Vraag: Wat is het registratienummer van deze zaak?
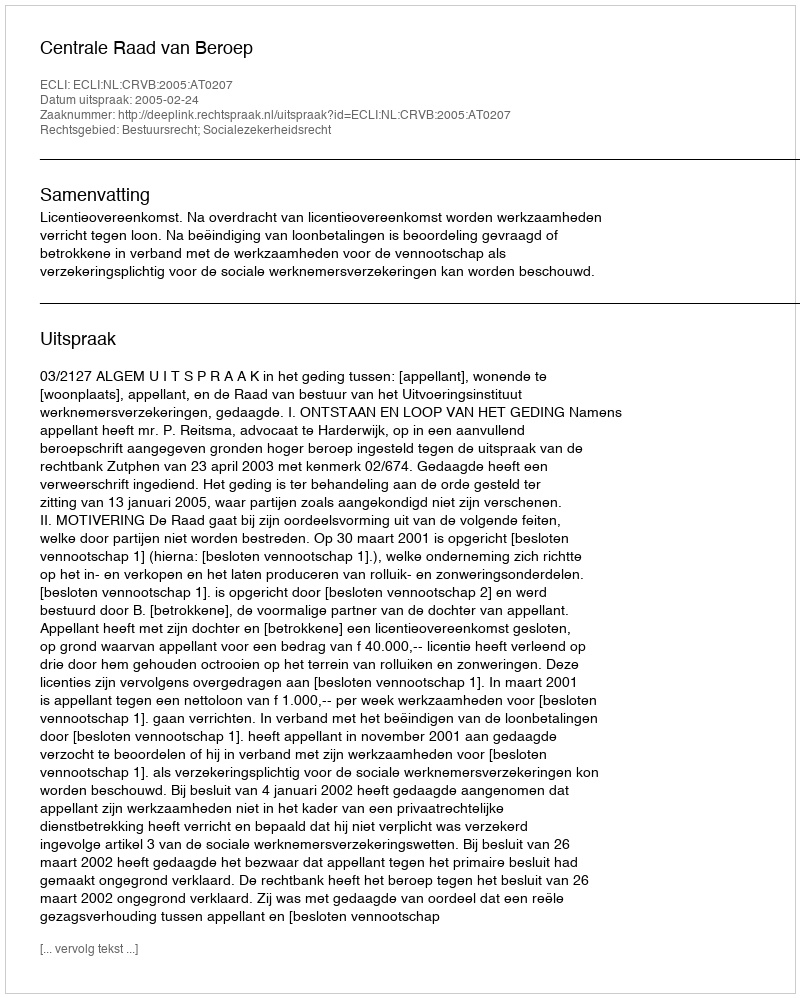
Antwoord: http://deeplink.rechtspraak.nl/uitspraak?id=ECLI:NL:CRVB:2005:AT0207